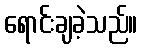
ရောင်းချခဲ့သည်။